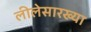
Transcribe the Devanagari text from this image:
लीलेसारख्या